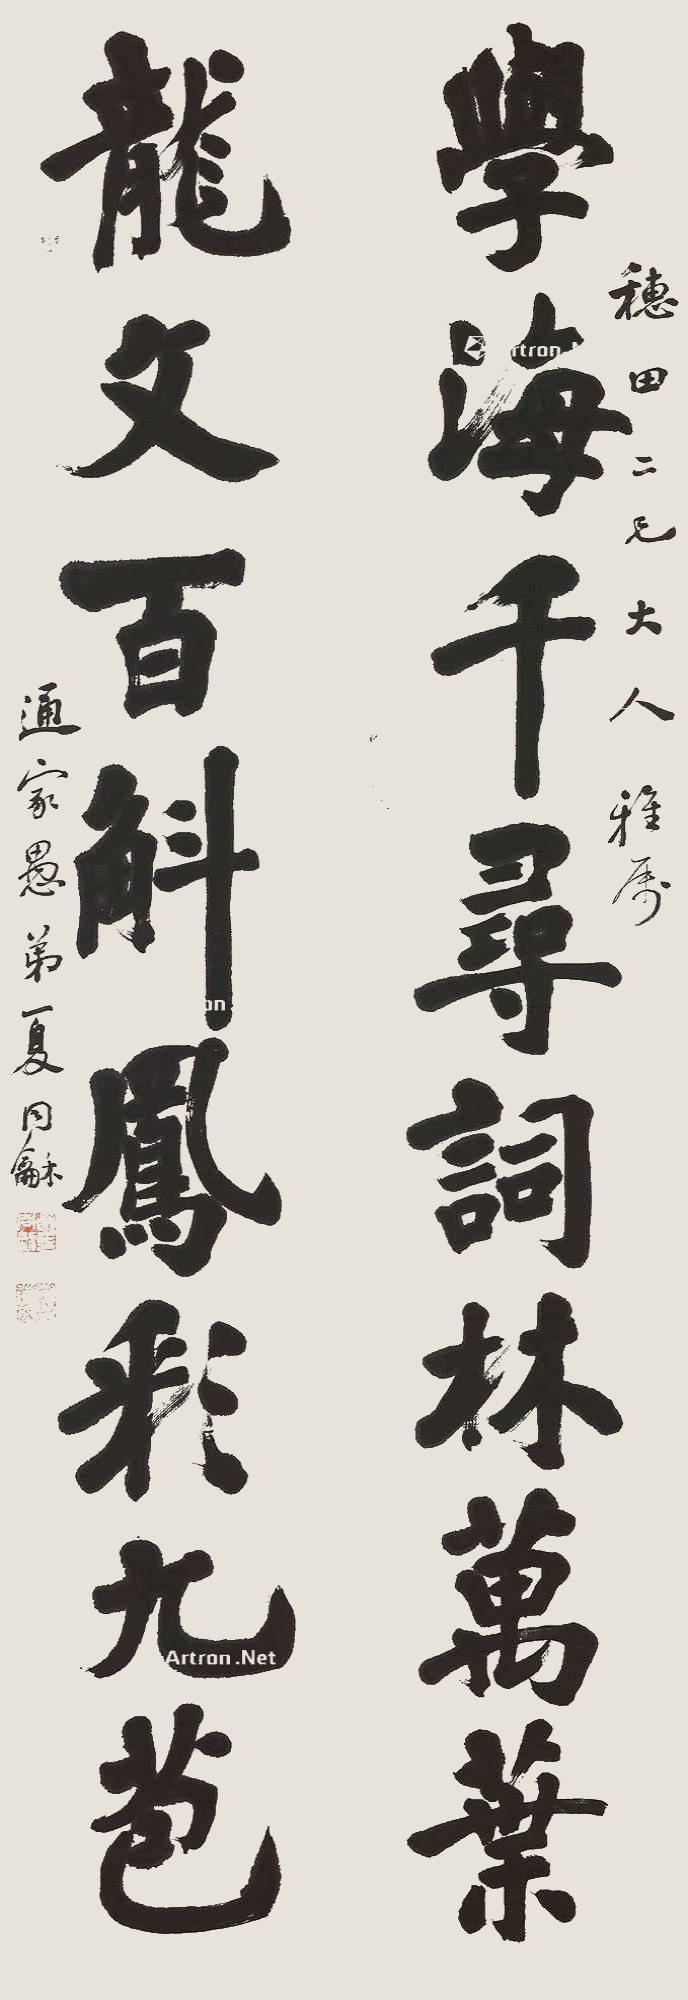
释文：学海千寻词林万叶，龙文百斛凤彩九苞穗田二兄大人雅属，通家愚弟夏同龢。